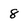
Character: 8